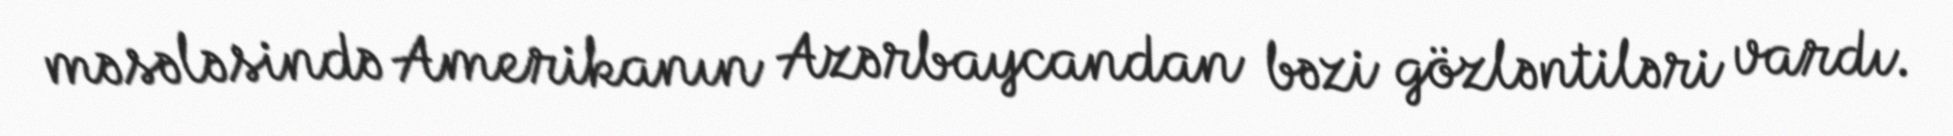
məsələsində Amerikanın Azərbaycandan bəzi gözləntiləri vardı.